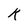
Character: K